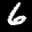
Label: 6